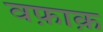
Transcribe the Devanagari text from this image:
वफ़ाक़